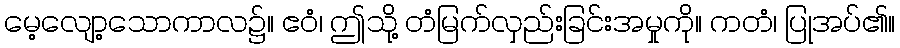
မေ့လျော့သောကာလ၌။ ဧဝံ၊ ဤသို့ တံမြက်လှည်းခြင်းအမှုကို။ ကတံ၊ ပြုအပ်၏။